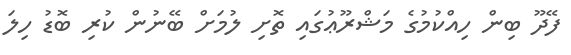
ފޭދޫ ބިން ހިއްކުމުގެ މަޝްރޫޢުގައި ތޮށި ލުމަށް ބޭނުން ކުރި ބޮޑު ހިލަ